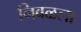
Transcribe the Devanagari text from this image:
निवळला